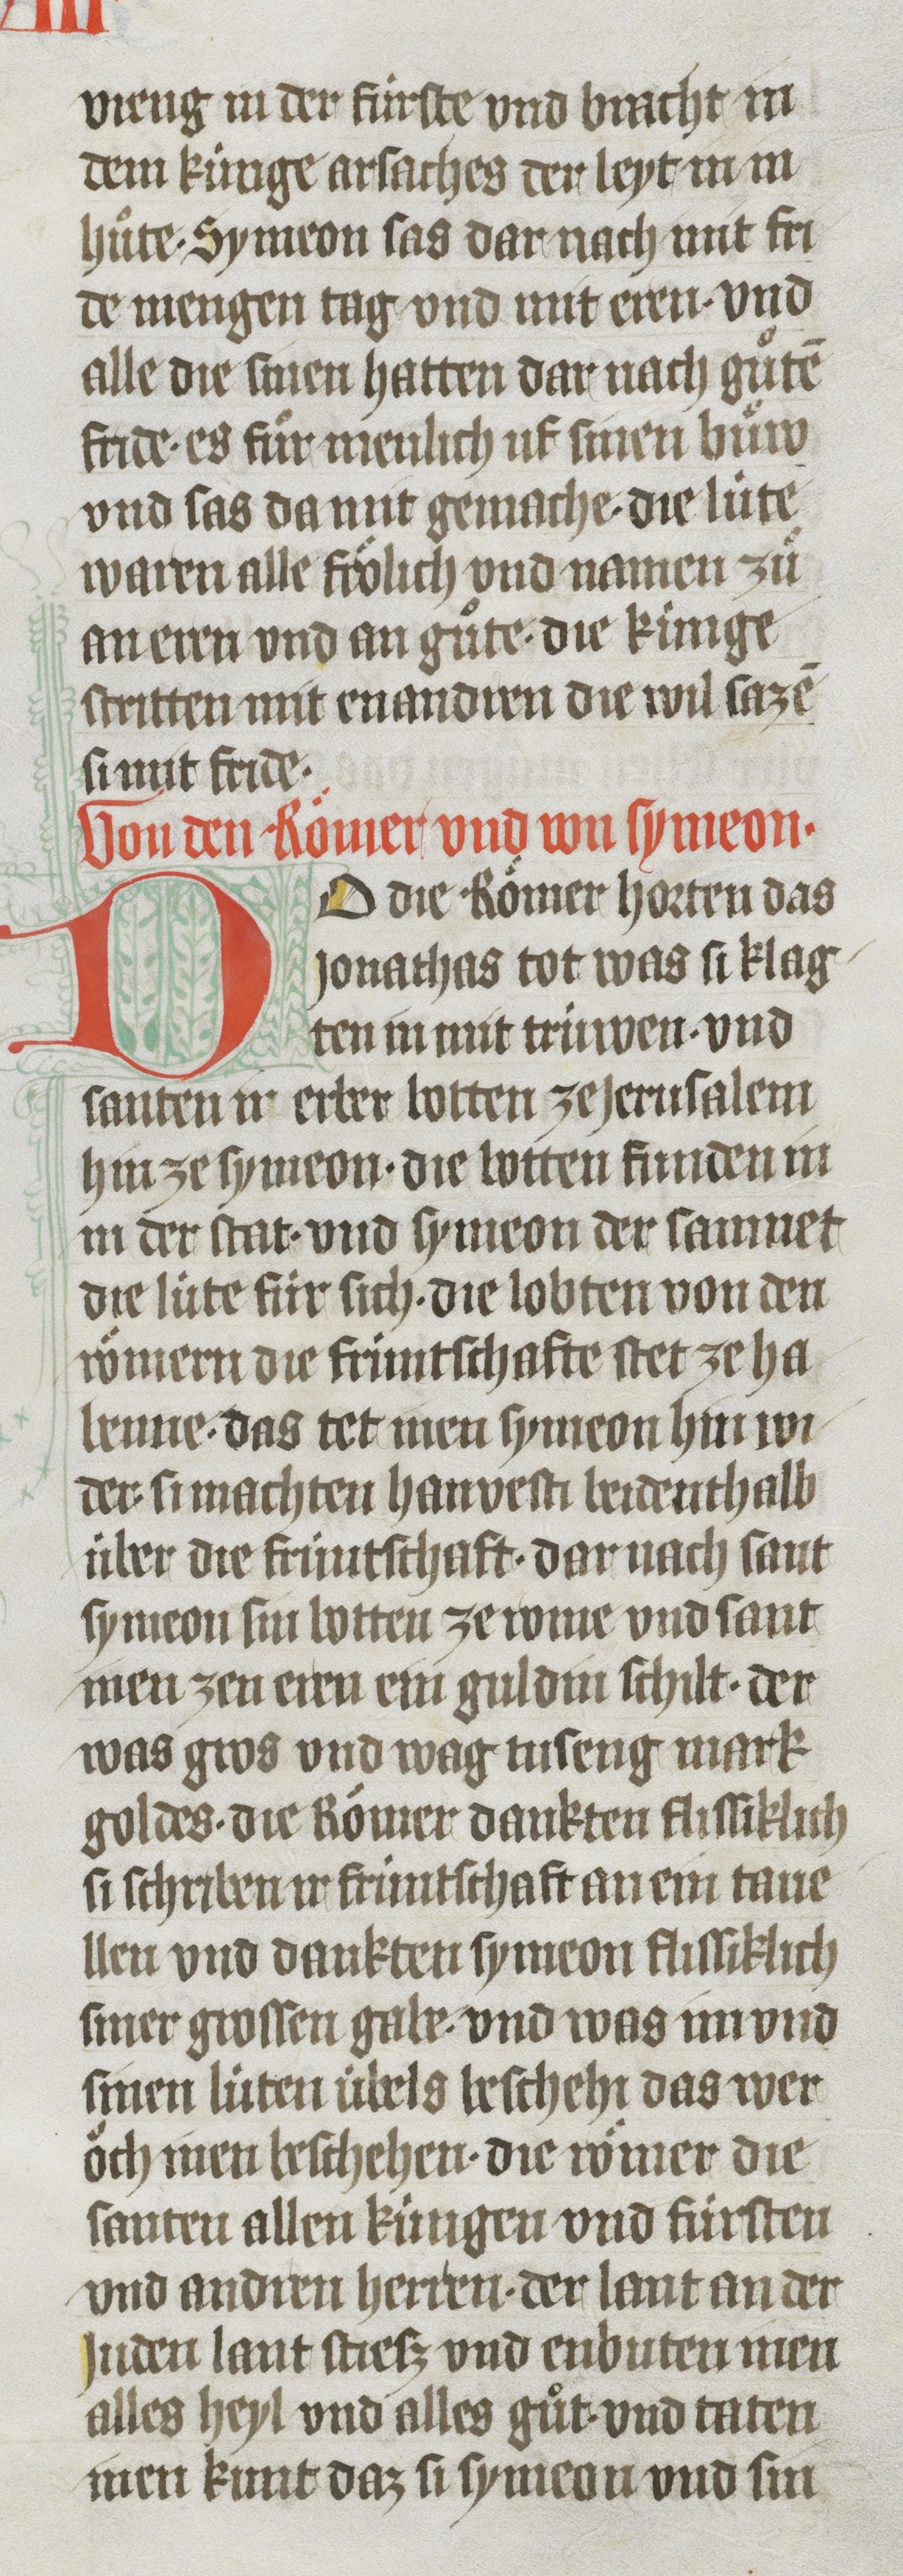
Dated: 1410–1410